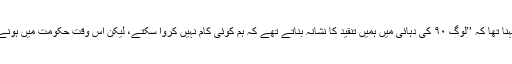
طالبان کے مالی شعبے کے ایک رکن کا کہنا تھا کہ ’’لوگ ۹۰ کی دہائی میں ہمیں تنقید کا نشانہ بناتے تھے کہ ہم کوئی کام نہیں کروا سکتے، لیکن اس وقت حکومت میں ہونے کے باوجود ہمارے پاس پیسے نہیں تھے۔